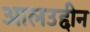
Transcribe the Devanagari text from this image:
आलउद्दीन